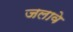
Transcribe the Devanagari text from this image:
जलावे